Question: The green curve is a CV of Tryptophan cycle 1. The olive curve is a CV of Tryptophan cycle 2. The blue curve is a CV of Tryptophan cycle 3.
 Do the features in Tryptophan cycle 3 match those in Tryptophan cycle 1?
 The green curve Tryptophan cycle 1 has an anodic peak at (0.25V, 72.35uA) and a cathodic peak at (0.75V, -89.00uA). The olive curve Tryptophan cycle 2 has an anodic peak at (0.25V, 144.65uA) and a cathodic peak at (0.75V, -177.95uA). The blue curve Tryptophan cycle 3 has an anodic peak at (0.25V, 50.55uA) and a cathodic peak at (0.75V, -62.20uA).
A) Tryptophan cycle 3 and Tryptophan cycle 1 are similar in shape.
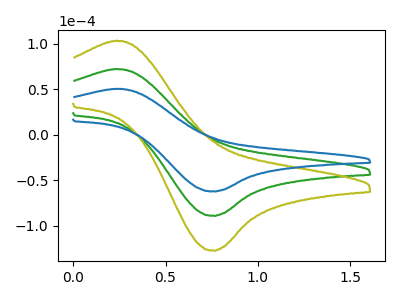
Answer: <think>All the peaks in "Tryptophan cycle 3" have a peak in "Tryptophan cycle 1" at the same potential. Every peak in "Tryptophan cycle 3" is lower than every peak in "Tryptophan cycle 1".
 </think>
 <answer>A) "Tryptophan cycle 3" and "Tryptophan cycle 1" are similar in shape.</answer>
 <eval>A</eval>